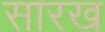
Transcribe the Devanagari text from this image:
सारख